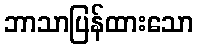
ဘာသာပြန်ထားသော